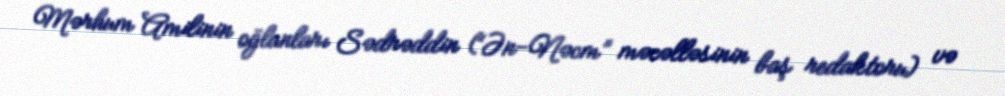
Mərhum Amilinin oğlanları Sədrəddin (“Ən-Nəcm” məcəlləsinin baş redaktoru) və